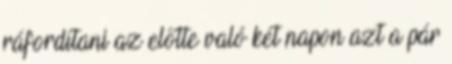
ráfordítani az előtte való két napon azt a pár